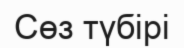
Сөз түбірі